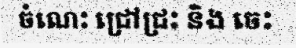
ចំណេះ ជ្រៅជ្រះ និង ចេះ